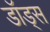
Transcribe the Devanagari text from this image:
डॉड्स